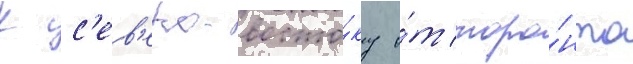
К с'ев'еро-восто́ку о́т торо́нто